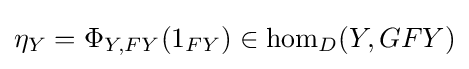
\eta _{Y}=\Phi _{Y,FY}(1_{FY})\in \mathrm {hom} _{D}(Y,GFY)